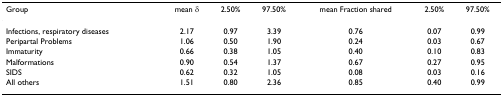
| Group | mean δ | 2.50% | 97.50% | mean Fraction shared | 2.50% | 97.50% |
 | --- | --- | --- | --- | --- | --- | --- |
 | Infections, respiratory diseases | 2.17 | 0.97 | 3.39 | 0.76 | 0.07 | 0.99 |
 | Peripartal Problems | 1.06 | 0.50 | 1.90 | 0.24 | 0.03 | 0.67 |
 | Immaturity | 0.66 | 0.38 | 1.05 | 0.40 | 0.10 | 0.83 |
 | Malformations | 0.90 | 0.54 | 1.37 | 0.67 | 0.27 | 0.95 |
 | SIDS | 0.62 | 0.32 | 1.05 | 0.08 | 0.03 | 0.16 |
 | All others | 1.51 | 0.80 | 2.36 | 0.85 | 0.40 | 0.99 |